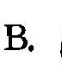
B.